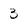
Character: 3